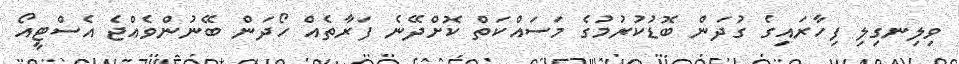
ވިލިނގިލި ފިހާރައިގެ ގުދަން ބޮޑުކުރުމުގެ މަސައްކަތް ކޮށްދޭނެ ފަރާތެއް ހޯދަން ބޭނުންވެއްޖެ އެސްޓީއޯ